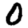
Digit: 0